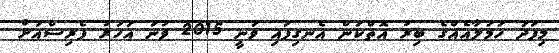
މިފަދަ ހަމަލާއެއްގެ ބިރު އޮތްކަން އެނގިފައި ވަނީ 2015 ވަނަ އަހަރު ޕެރިސްއަށް